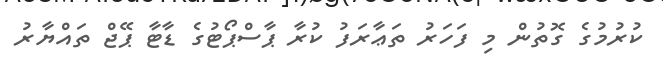
ކުރުމުގެ ގޮތުން މި ފަހަރު ތަޢާރަފު ކުރާ ޕާސްޕޯޓުގެ ޑާޓާ ޕޭޖް ތައްޔާރު